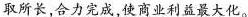
取所长,合力完成,使商业利益最大化。